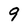
Character: 9